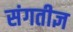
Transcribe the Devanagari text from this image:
संगतीज्ञ